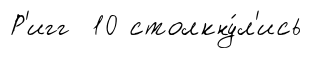
Р'игг 10 столкну́л'ись